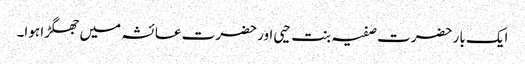
ایک بار حضرت صفیہ بنت حیی اور حضرت عائشہ میں جھگڑا ہوا۔